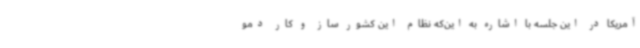
آمریکا در این جلسه با اشاره به این‌که نظام این کشور ساز و کار دمو